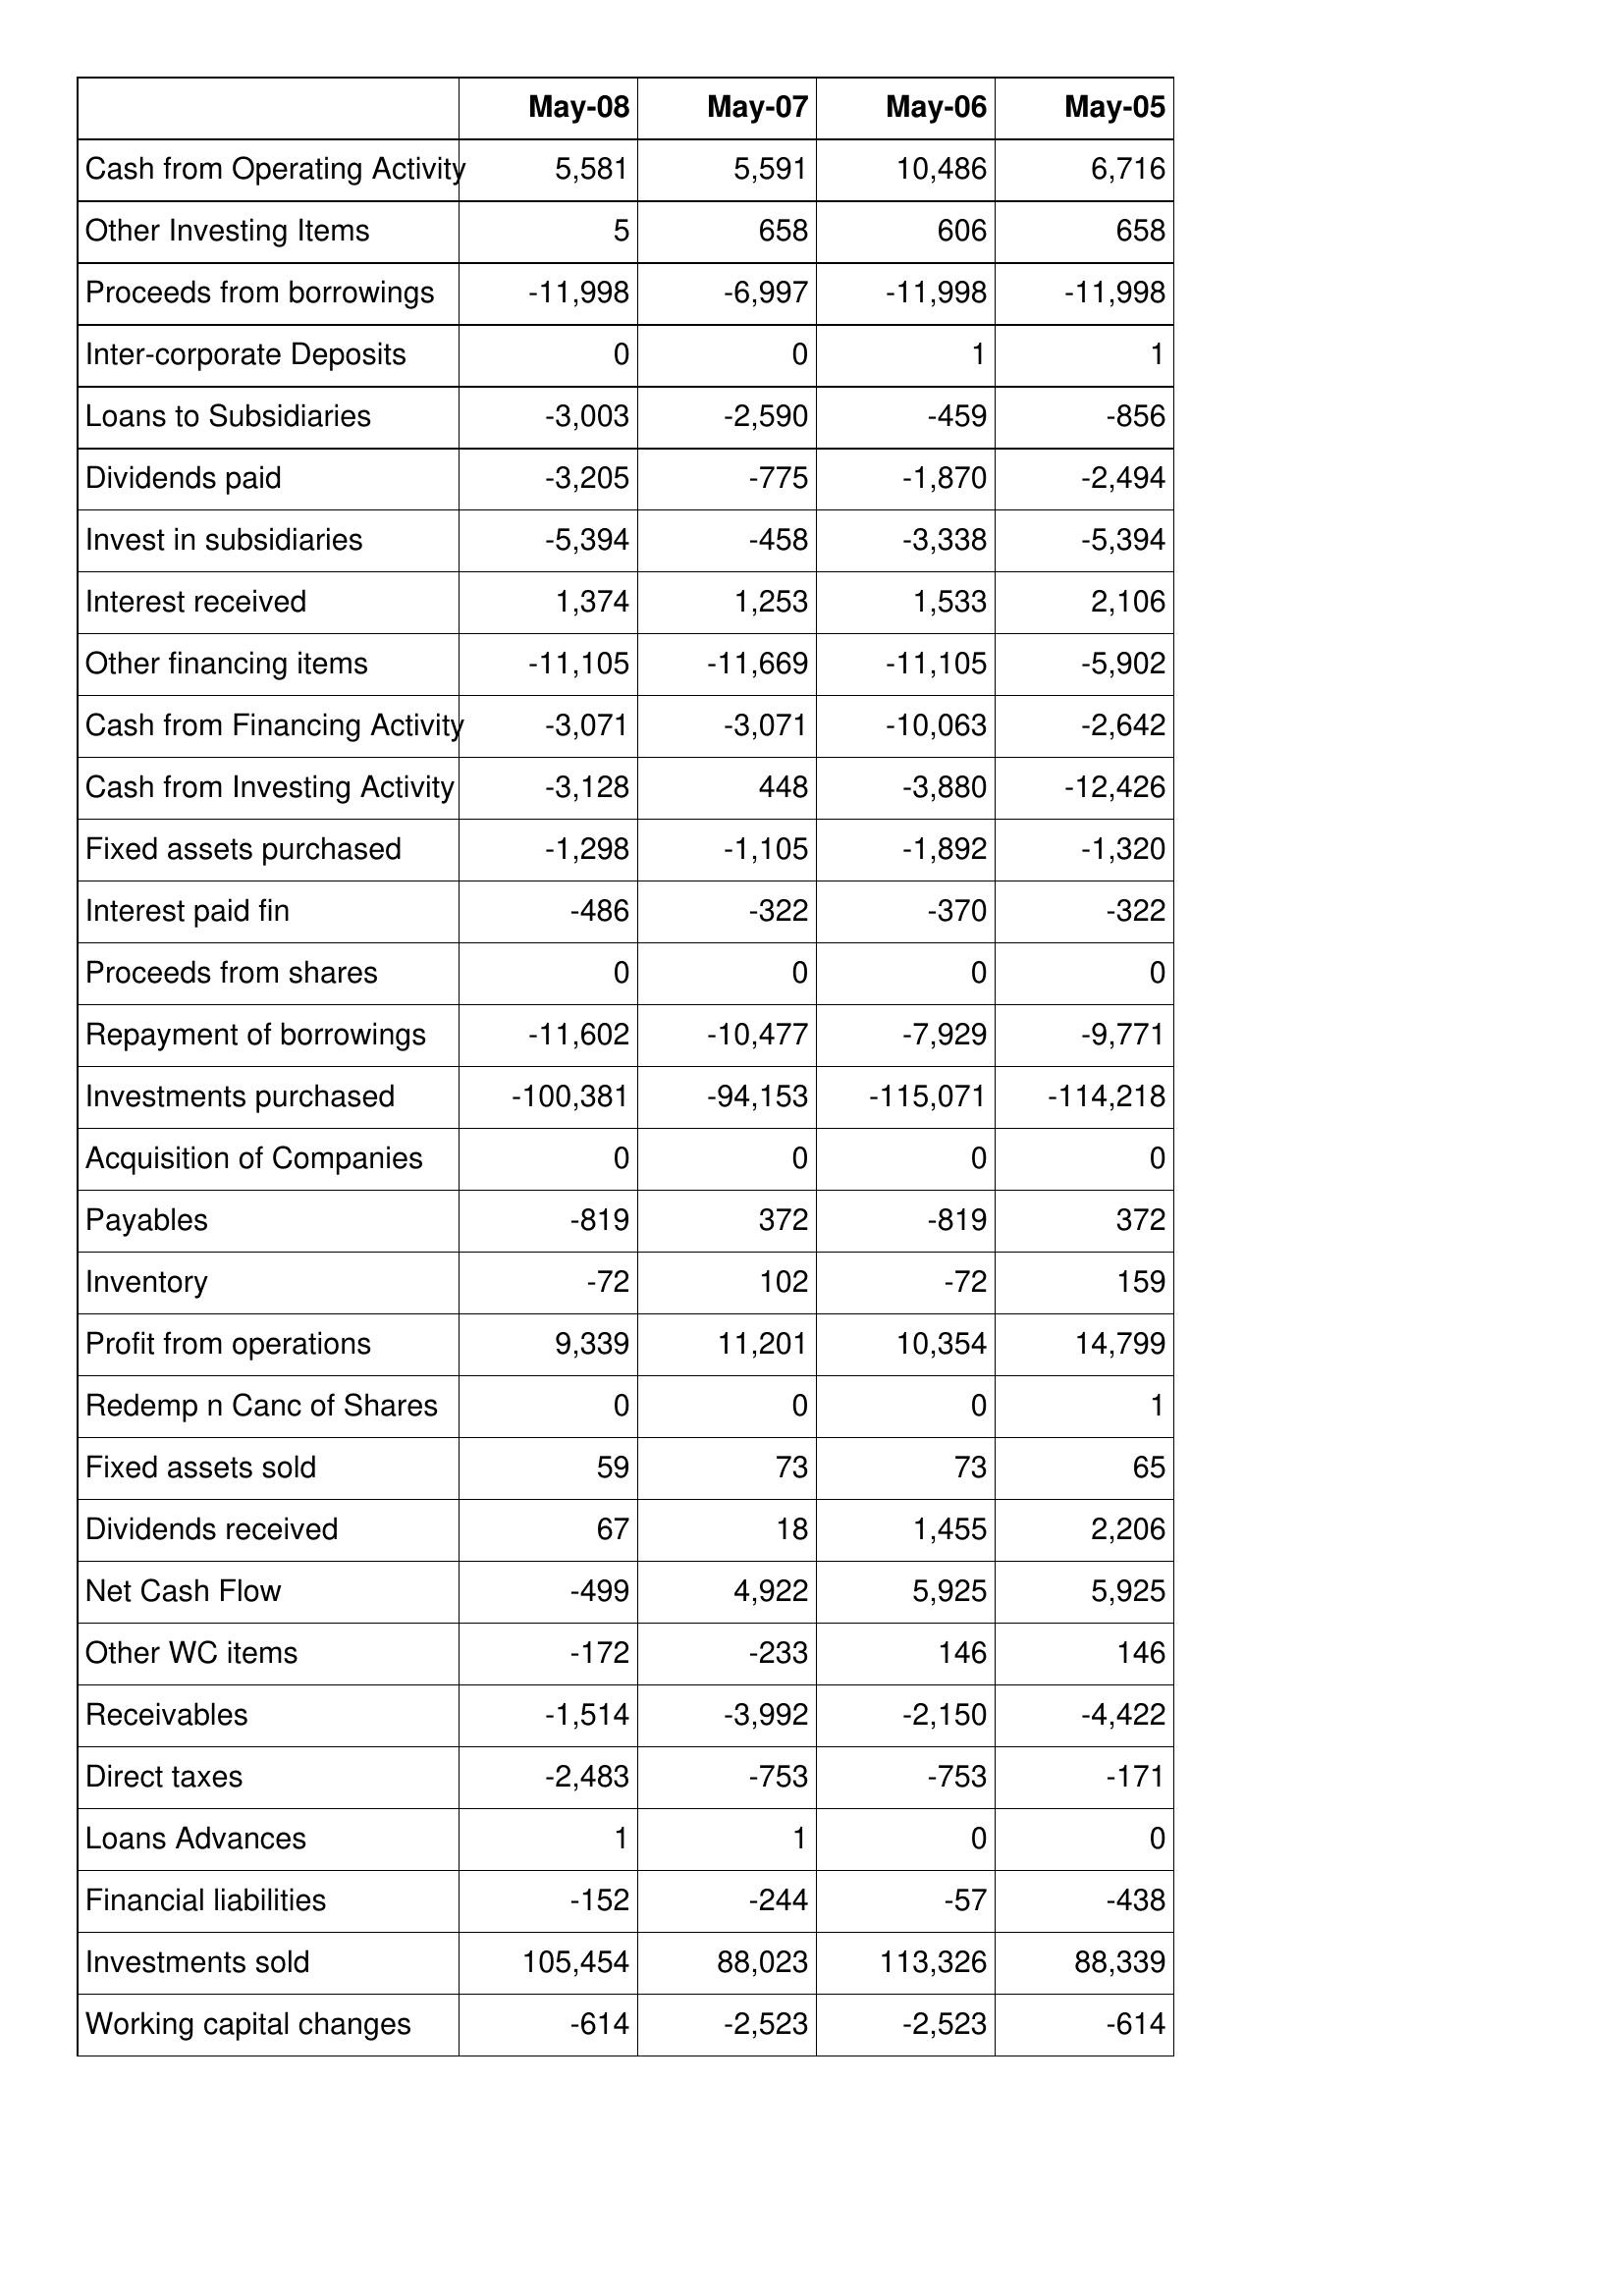
May-08: Cash Flows: Cash from Operating Activity: 5,581
Other Investing Items: 5
Proceeds from borrowings: -11,998
Inter-corporate Deposits: 0
Loans to Subsidiaries: -3,003
Dividends paid: -3,205
Invest in subsidiaries: -5,394
Interest received: 1,374
Other financing items: -11,105
Cash from Financing Activity: -3,071
Cash from Investing Activity: -3,128
Fixed assets purchased: -1,298
Interest paid fin: -486
Proceeds from shares: 0
Repayment of borrowings: -11,602
Investments purchased: -100,381
Acquisition of Companies: 0
Payables: -819
Inventory: -72
Profit from operations: 9,339
Redemp n Canc of Shares: 0
Fixed assets sold: 59
Dividends received: 67
Net Cash Flow: -499
Other WC items: -172
Receivables: -1,514
Direct taxes: -2,483
Loans Advances: 1
Financial liabilities: -152
Investments sold: 105,454
Working capital changes: -614
May-07: Cash Flows: Cash from Operating Activity: 5,591
Other Investing Items: 658
Proceeds from borrowings: -6,997
Inter-corporate Deposits: 0
Loans to Subsidiaries: -2,590
Dividends paid: -775
Invest in subsidiaries: -458
Interest received: 1,253
Other financing items: -11,669
Cash from Financing Activity: -3,071
Cash from Investing Activity: 448
Fixed assets purchased: -1,105
Interest paid fin: -322
Proceeds from shares: 0
Repayment of borrowings: -10,477
Investments purchased: -94,153
Acquisition of Companies: 0
Payables: 372
Inventory: 102
Profit from operations: 11,201
Redemp n Canc of Shares: 0
Fixed assets sold: 73
Dividends received: 18
Net Cash Flow: 4,922
Other WC items: -233
Receivables: -3,992
Direct taxes: -753
Loans Advances: 1
Financial liabilities: -244
Investments sold: 88,023
Working capital changes: -2,523
May-06: Cash Flows: Cash from Operating Activity: 10,486
Other Investing Items: 606
Proceeds from borrowings: -11,998
Inter-corporate Deposits: 1
Loans to Subsidiaries: -459
Dividends paid: -1,870
Invest in subsidiaries: -3,338
Interest received: 1,533
Other financing items: -11,105
Cash from Financing Activity: -10,063
Cash from Investing Activity: -3,880
Fixed assets purchased: -1,892
Interest paid fin: -370
Proceeds from shares: 0
Repayment of borrowings: -7,929
Investments purchased: -115,071
Acquisition of Companies: 0
Payables: -819
Inventory: -72
Profit from operations: 10,354
Redemp n Canc of Shares: 0
Fixed assets sold: 73
Dividends received: 1,455
Net Cash Flow: 5,925
Other WC items: 146
Receivables: -2,150
Direct taxes: -753
Loans Advances: 0
Financial liabilities: -57
Investments sold: 113,326
Working capital changes: -2,523
May-05: Cash Flows: Cash from Operating Activity: 6,716
Other Investing Items: 658
Proceeds from borrowings: -11,998
Inter-corporate Deposits: 1
Loans to Subsidiaries: -856
Dividends paid: -2,494
Invest in subsidiaries: -5,394
Interest received: 2,106
Other financing items: -5,902
Cash from Financing Activity: -2,642
Cash from Investing Activity: -12,426
Fixed assets purchased: -1,320
Interest paid fin: -322
Proceeds from shares: 0
Repayment of borrowings: -9,771
Investments purchased: -114,218
Acquisition of Companies: 0
Payables: 372
Inventory: 159
Profit from operations: 14,799
Redemp n Canc of Shares: 1
Fixed assets sold: 65
Dividends received: 2,206
Net Cash Flow: 5,925
Other WC items: 146
Receivables: -4,422
Direct taxes: -171
Loans Advances: 0
Financial liabilities: -438
Investments sold: 88,339
Working capital changes: -614